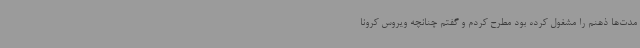
مدت‌ها ذهنم را مشغول کرده بود مطرح کردم و گفتم چنانچه ویروس کرونا